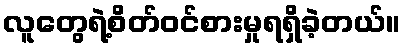
လူတွေရဲ့စိတ်ဝင်စားမှုရရှိခဲ့တယ်။